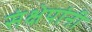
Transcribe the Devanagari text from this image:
संक्षेपांनी